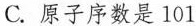
C. 原子序数是101